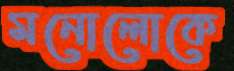
মনোলোকে